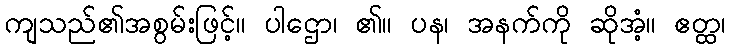
ကျသည်၏အစွမ်းဖြင့်။ ပါဌော၊ ၏။ ပန၊ အနက်ကို ဆိုအံ့။ ဧတ္ထ၊